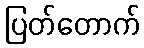
ပြတ်တောက်